Annual report of the Civil Veterinary Department, Bengal, for the year 1897-98 - 1897-1898
Year: 1897
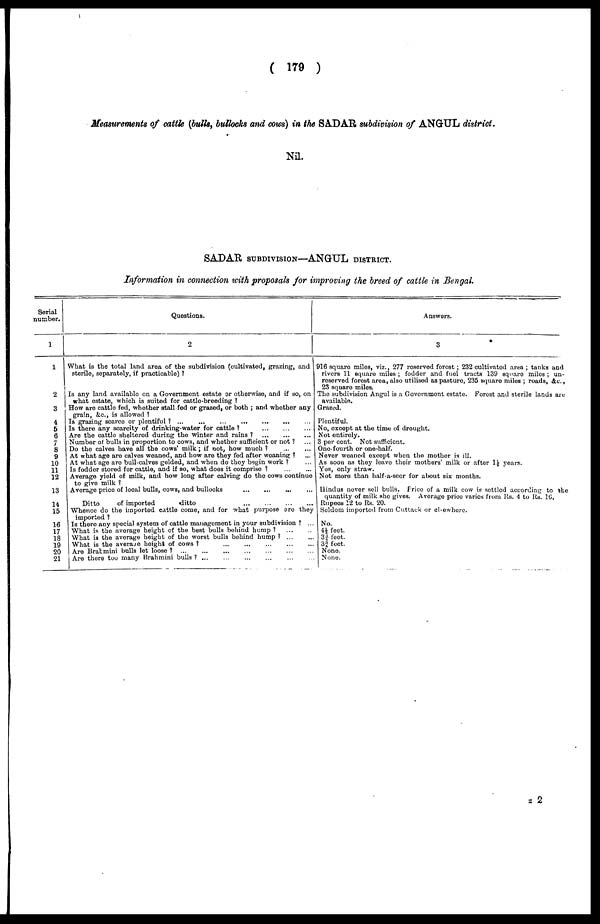
( 179 )
Measurements of cattle (bulls, bullocks and cows) in the SADAR subdivision of ANGUL district.
Nil.
SADAR SUBDIVISION—ANGUL DISTRICT.
Information in connection with proposals for improving the breed of cattle in Bengal.
Serial
number.
1
1
2
3
4
5
6
7
8
9
10
11
12
13
14
15
16
17
18
19
20
21
Questions.
2
What is the total land area of the subdivision (cultivated, grazing, and
sterile, separately, if practicable) ?
Is any land available on a Government estate or otherwise, and if so, on
what estate, which is suited for cattle-breeding ?
How are cattle fed, whether stall fed or grazed, or both ; and whether any
grain, &c., is allowed ?
Is grazing scarce or plentiful ?
...
...
...
...
...
...
...
Is there any scarcity of drinking-water for cattle ?
...
...
...
...
Are the cattle sheltered during the winter and rains ?
...
...
...
Number of bulls in proportion to cows, and whether sufficient or not ? ...
Do the calves have all the cows' milk; if not, how much ? ... ...
At what age are calves weaned, and how are they fed after weaning ? ...
At what age are bull-calves gelded, and when do they begin work ? ...
Is fodder stored for cattle, and if so, what does it comprise 1
Average yield of milk, and how long after calving do the cows continue
to give milk ?
Average price of local bulls, cows, and bullocks
...
...
...
...
Ditto
of imported
ditto
...
...
...
...
Whence do the imported cattle come, and for what purpose are they
imported ?
Is there any special system of cattle management in your subdivision ? ...
What is the average height of the best bulls behind hump ?
...
...
What is the average height of the worst bulls behind hump ? ... ...
What is the average height of cows ?
...
...
...
...
...
Are Brahmini bulls let loose ?
...
...
...
...
...
...
Are there too many Brahmini bulls ? ... ... ... ... ... ...
Answers.
3
916 square miles, viz., 277 reserved forest; 232 cultivated area ; tanks and
rivers 11 square miles ; fodder and fuel tracts 139 square miles ; un-
reserved forest area, also utilised as pasture, 235 square miles ; roads, &c.,
23 square miles.
The subdivision Angul is a Government estate. Forest and sterile lands are
available.
Grazed.
Plentiful.
No, except at the time of drought.
Not entirely.
3 per cent. Not sufficient.
One-fourth or one-half.
Never weaned except when the mother is ill.
As soon as they leave their mothers' milk or after 1½ years.
Yes, only straw.
Not more than half-a-seer for about six months.
Hindus never sell bulls. Price of a milk cow is settled according to the
quantity of milk she gives. Average price varies from Rs. 4 to Rs. 1C.
Rupees 12 to Rs. 20.
Seldom imported from Cuttack or el-ewhere.
No.
4½ feet.
3¾ feet.
3¾ feet.
None.
None.